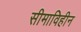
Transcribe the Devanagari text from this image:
सीमाविहीन